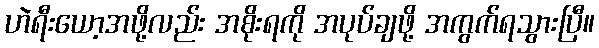
ဟဲရီးယော့အဖို့လည်း အစိုးရကို အပုပ်ချဖို့ အကွက်ရသွားပြီ။